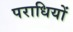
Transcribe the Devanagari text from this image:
पराधियों